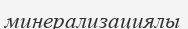
минерализациялы